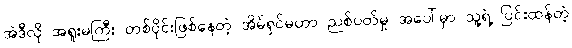
အဲဒီလို အရူးမကြီး တစ်ပိုင်းဖြစ်နေတဲ့ အိမ်ရှင်မဟာ ညစ်ပတ်မှု အပေါ်မှာ သူ့ရဲ့ ပြင်းထန်တဲ့